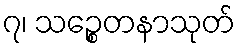
၇၊ သဉ္စေတနာသုတ်